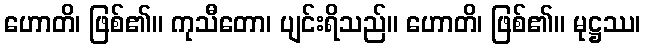
ဟောတိ၊ ဖြစ်၏။ ကုသီတော၊ ပျင်းရိသည်။ ဟောတိ၊ ဖြစ်၏။ မုဋ္ဌဿ၊